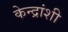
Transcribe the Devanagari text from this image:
केन्द्रांशी